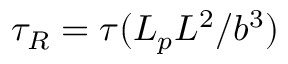
\tau _ { R } = \tau ( L _ { p } L ^ { 2 } / b ^ { 3 } )